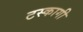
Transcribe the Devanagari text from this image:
टस्कागी